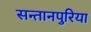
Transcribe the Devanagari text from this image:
सन्तानपुरिया